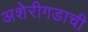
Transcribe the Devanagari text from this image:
अशेरीगडाची